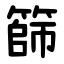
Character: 篩